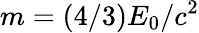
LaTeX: m=(4/3)E_{0}/c^{2}